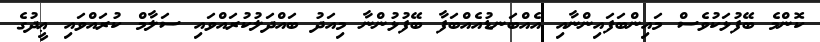
ކޮންމެ ބޭފުޅަކުވެސް މައިންބަފައިންނާއި އެއްބަނޑުއެއްބަފާ ބޭފުޅުންނާ މިއަދު ބައްދަލުކުރައްވައި ސަލާމް ކުރައްވައި ޢީދުގެ